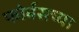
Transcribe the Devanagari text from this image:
फोर्बसच्या